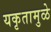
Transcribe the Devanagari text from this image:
यकृतामुळे